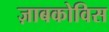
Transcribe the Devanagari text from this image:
ज़ाबकोविस